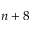
n + 8